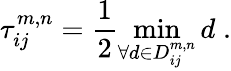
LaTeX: \tau_{ij}^{m,n}=\frac{1}{2}\operatorname*{min}_{\forall d\in D_{ij}^{m,n}}d\; .